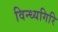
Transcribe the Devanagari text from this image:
विन्ध्यगिरि